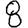
Digit: 8